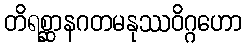
တိရစ္ဆာနဂတမနုဿဝိဂ္ဂဟော